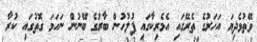
ވޭތުވެދިޔަ އަހަރުގެ ތެރޭގައި އެމެރިކާގައި ފުލުހުން ބާރުގެ ބޭނުން ނަހަމަ ގޮތުގައި ކުރާ